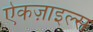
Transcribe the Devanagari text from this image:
ऐकज़ाइल्स